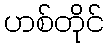
ဟစ်တိုင်